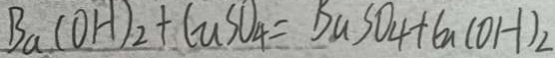
B a ( O H ) _ { 2 } + C u S O _ { 4 } = B u S O _ { 4 } + C u ( O H ) _ { 2 }